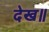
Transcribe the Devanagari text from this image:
देख॥